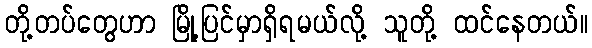
တို့တပ်တွေဟာ မြို့ပြင်မှာရှိရမယ်လို့ သူတို့ ထင်နေတယ်။